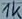
Text: 1K